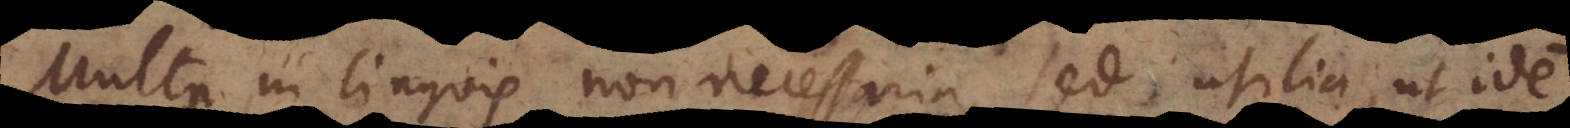
Multa in linguis non necessaria, sed utilia, ut idem